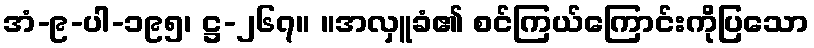
အံ-၉-ပါ-၁၉၅၊ ဋ္ဌ-၂၆၇။ ။အလှူခံ၏ စင်ကြယ်ကြောင်းကိုပြသော